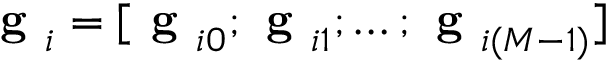
\textbf { g } _ { i } = [ \textbf { g } _ { i 0 } ; \textbf { g } _ { i 1 } ; \ldots ; \textbf { g } _ { i ( M - 1 ) } ]